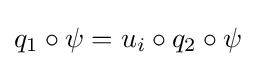
q_{1}\circ \psi =u_{i}\circ q_{2}\circ \psi